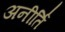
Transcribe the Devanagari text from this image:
अनीर्ति